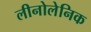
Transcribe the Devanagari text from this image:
लीनोलेनिक